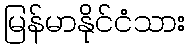
မြန်မာနိုင်ငံသား